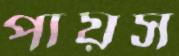
পায়স